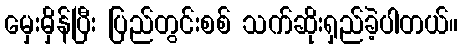
မှေးမှိန်ပြီး ပြည်တွင်းစစ် သက်ဆိုးရှည်ခဲ့ပါတယ်။